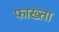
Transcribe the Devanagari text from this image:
फाख्‍ता